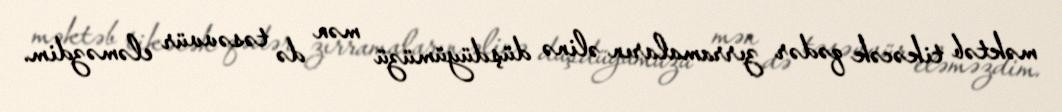
məktəb tikəcək qədər zırramaların əlinə düşdüyümüzü mən də təsəvvür eləməzdim.